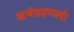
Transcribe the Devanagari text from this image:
अर्थग्रहणादी